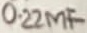
Text: 0.22µF